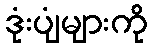
ဒုံးပျံများကို